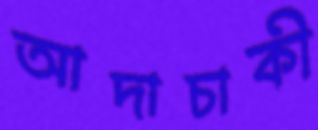
আদাচাকী